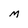
Character: M